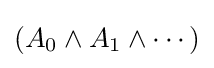
(A_{0}\land A_{1}\land \cdots )